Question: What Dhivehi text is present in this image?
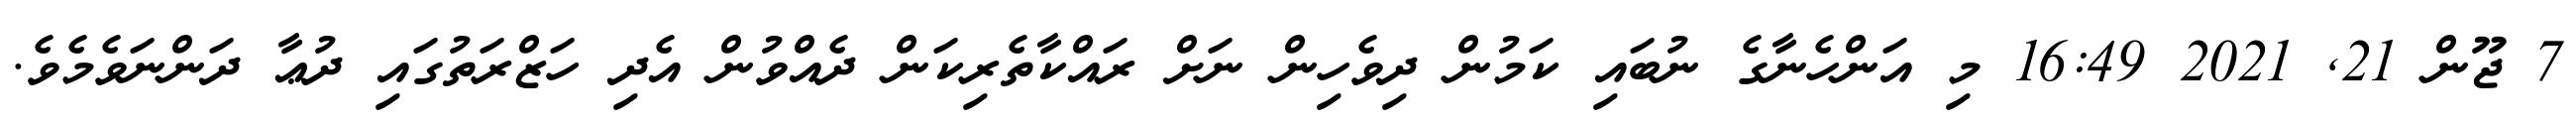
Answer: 7 ޖޫން 21, 2021 16:49 މި އަންހެނާގެ ނުބައި ކަމުން ދިވެހިން ނަށް ރައްކާތެރިކަން ދެއްވުން އެދި ހަޒްރަތުގައި ދުޢާ ދަންނަވެމެވެ.